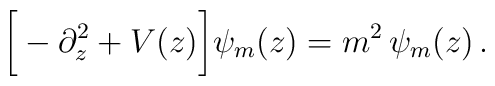
\bigg[-\partial_z^2+ V(z)\bigg]\psi_m(z)= m^2\,\psi_m(z)\,.